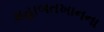
મહાબતખાનના